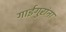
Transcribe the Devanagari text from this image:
गाईगुरांना